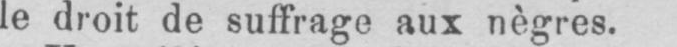
le droit de suffrage aux nègres.